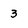
Character: 3